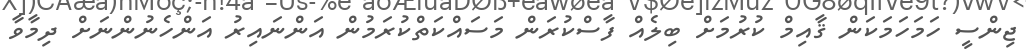
ޖިންސީ ހަމަހަމަކަން ޤާއިމް ކުރުމަށް ބިލެއް ފާސްކުރަން މަސައްކަތްކުރަމުން އަންނައިރު އަންހެނުންނަށް ދިމާވާ